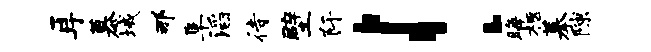
耳慕域那阜滔待壁阡！晦柩摹隙